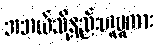
အဘယ်သို့နည်းဟူမူကား